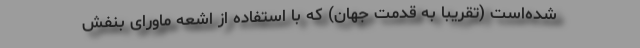
شده‌است (تقریباً به قدمت جهان) که با استفاده از اشعهٔ ماورای بنفش